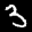
Label: 3